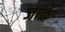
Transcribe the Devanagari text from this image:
जार्क